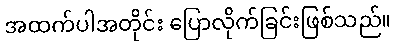
အထက်ပါအတိုင်း ပြောလိုက်ခြင်းဖြစ်သည်။